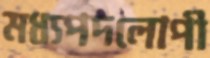
মধ্যপদলোপী